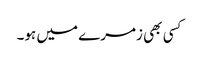
کسی بھی زمرے میں ہو۔